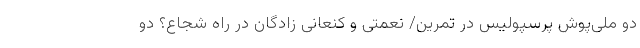
دو ملی‌پوش پرسپولیس در تمرین/ نعمتی و کنعانی زادگان در راه شجاع؟ دو